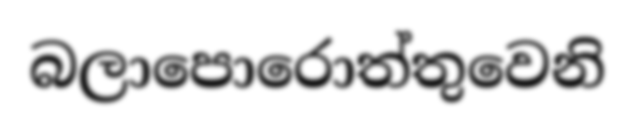
බලාපොරොත්තුවෙනි